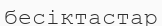
бесіктастар